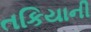
તકિયાની